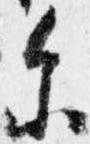
参